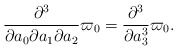
\begin{align*}\frac{\partial^3}{\partial a_0\partial a_1\partial a_2}\varpi_0=\frac{\partial^3}{\partial a_3^3}\varpi_0.\end{align*}